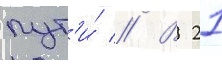
пут'и́ // В 21